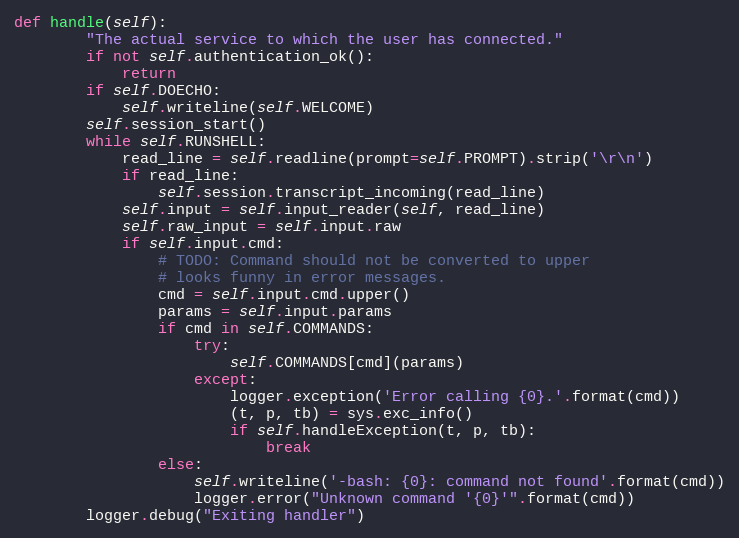
Language: Python
def handle(self):
        "The actual service to which the user has connected."
        if not self.authentication_ok():
            return
        if self.DOECHO:
            self.writeline(self.WELCOME)
        self.session_start()
        while self.RUNSHELL:
            read_line = self.readline(prompt=self.PROMPT).strip('\r\n')
            if read_line:
                self.session.transcript_incoming(read_line)
            self.input = self.input_reader(self, read_line)
            self.raw_input = self.input.raw
            if self.input.cmd:
                # TODO: Command should not be converted to upper
                # looks funny in error messages.
                cmd = self.input.cmd.upper()
                params = self.input.params
                if cmd in self.COMMANDS:
                    try:
                        self.COMMANDS[cmd](params)
                    except:
                        logger.exception('Error calling {0}.'.format(cmd))
                        (t, p, tb) = sys.exc_info()
                        if self.handleException(t, p, tb):
                            break
                else:
                    self.writeline('-bash: {0}: command not found'.format(cmd))
                    logger.error("Unknown command '{0}'".format(cmd))
        logger.debug("Exiting handler")